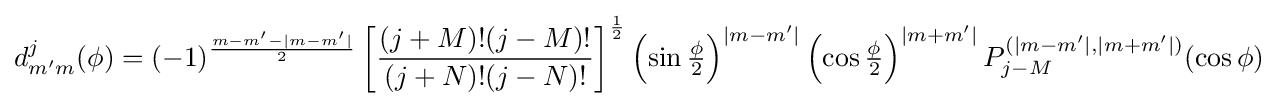
d_{m'm}^{j}(\phi )=(-1)^{\frac {m-m'-|m-m'|}{2}}\left[{\frac {(j+M)!(j-M)!}{(j+N)!(j-N)!}}\right]^{\frac {1}{2}}\left(\sin {\tfrac {\phi }{2}}\right)^{|m-m'|}\left(\cos {\tfrac {\phi }{2}}\right)^{|m+m'|}P_{j-M}^{(|m-m'|,|m+m'|)}(\cos \phi )